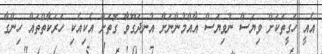
އެއީ ހަގީތަކަށް ވިޔަސް ނުވިޔަސް އާއްމުންނަށް އުނދަގޫވާ ގޮތަށް އެކިއެކި ހަރަކާތްތައް ހިންގާ